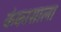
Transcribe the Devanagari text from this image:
कंकासाला